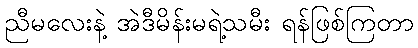
ညီမလေးနဲ့ အဲဒီမိန်းမရဲ့သမီး ရန်ဖြစ်ကြတာ